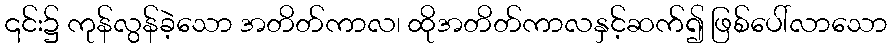
၎င်း၌ ကုန်လွန်ခဲ့သော အတိတ်ကာလ၊ ထိုအတိတ်ကာလနှင့်ဆက်၍ ဖြစ်ပေါ်လာသော